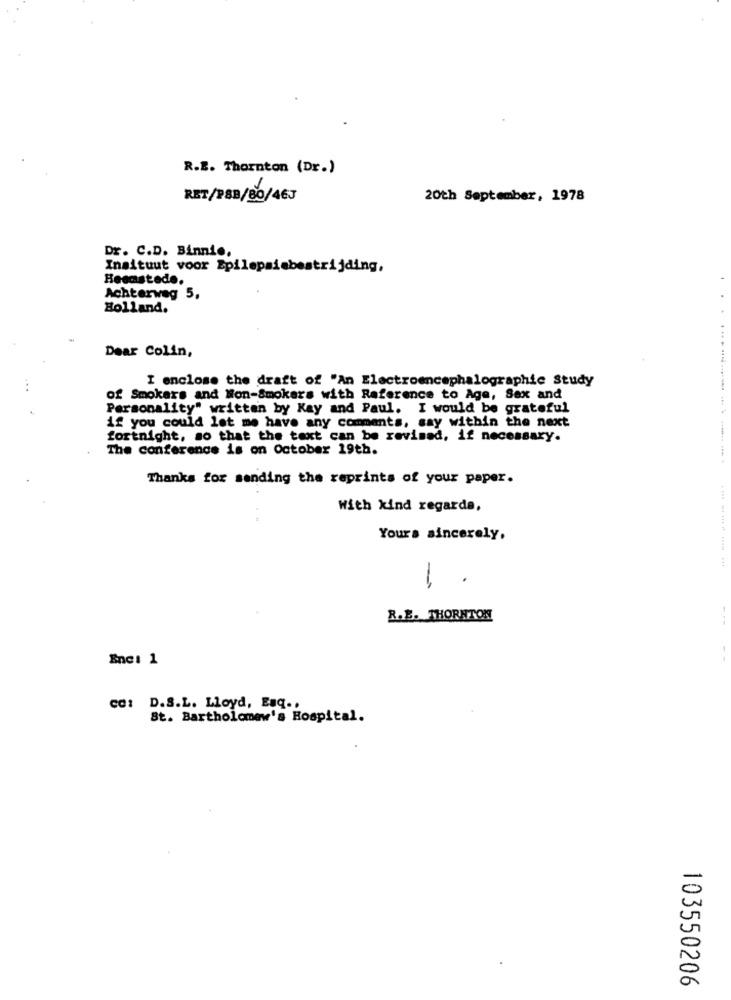
R.B. Thornton (Dr.)
RET/P&B/80/46J
20th September, 1978
Dr. C.D. Binnie,
Insituut voor Epilepsiebestrijding,
Heemstede.
Achterweg 5,
Holland.
Dear Colin,
I enclose the draft of "An Electroencephalographic Study
of Smokers and Non-Smokers with Reference to Age, Sex and
Personality" written by Kay and Paul. I would be grateful
if you could let me have any comments, say within the next
fortnight, so that the text can be revised, if necessary.
The conference is on October 19th.
Thanks for sending the reprints of your paper.
With kind regards,
Yours sincerely.
............... .. . ..... ... .... ............
1 .
R.B. THORNTON
-
Enc: 1
CC: D.S.L. Lloyd, Esq .,
St. Bartholomew's Hospital.
103550206